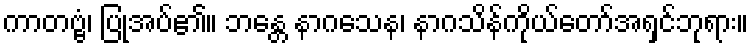
ကာတဗ္ဗံ၊ ပြုအပ်၏။ ဘန္တေ နာဂသေန၊ နာဂသိန်ကိုယ်တော်အရှင်ဘုရား။